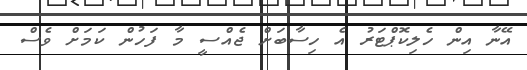
އޭނާ އިން ހެލިކޮޕްޓަރު އެ ހިސާބަށް ޖެއްސީ މާ ފަހުން ކަމަށް ވެސް